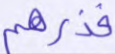
فذرهم